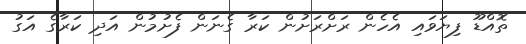
ތޮއްޑޫ ފިޔަވައި އެހެން ރަށްރަށުން ކަރާ ގެނަން ފެށުމުން އަދި ކަރާގެ އަގު